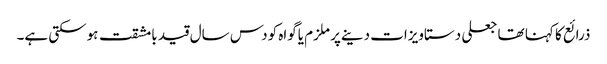
ذرائع کا کہنا تھا جعلی دستاویزات دینےپر ملزم یاگواہ کودس سال قید بامشقت ہوسکتی ہے۔